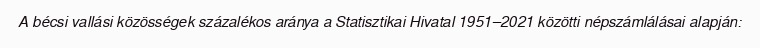
A bécsi vallási közösségek százalékos aránya a Statisztikai Hivatal 1951–2021 közötti népszámlálásai alapján: